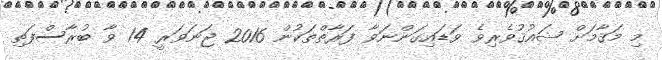
މި މަޤާމަށް ޝައުޤުވެރިވެ ވަޑައިގަންނަވާ ފަރާތްތަކުން 2016 ޖަނަވަރީ 14 ވާ ބުރާސްފަތި